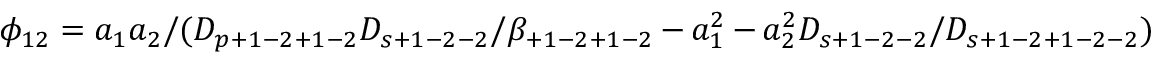
\phi _ { 1 2 } = a _ { 1 } a _ { 2 } / ( D _ { p + 1 - 2 + 1 - 2 } D _ { s + 1 - 2 - 2 } / \beta _ { + 1 - 2 + 1 - 2 } - a _ { 1 } ^ { 2 } - a _ { 2 } ^ { 2 } D _ { s + 1 - 2 - 2 } / D _ { s + 1 - 2 + 1 - 2 - 2 } )